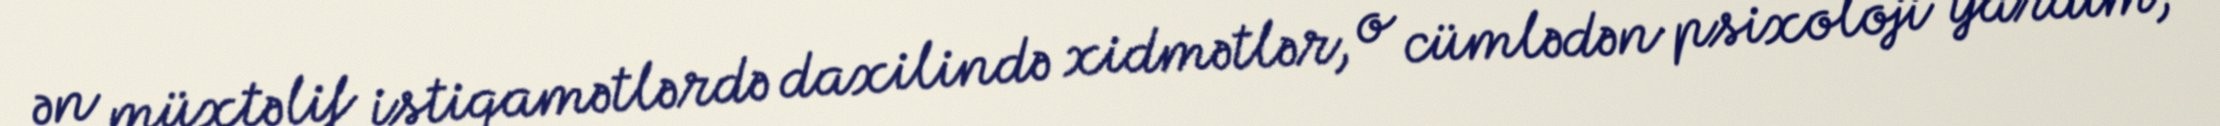
ən müxtəlif istiqamətlərdə daxilində xidmətlər, o cümlədən psixoloji yardım,